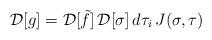
LaTeX: \begin{align*}{\cal D}[g] = {\cal D}[\tilde f] \, {\cal D}[\sigma] \, d\tau_i \, J(\sigma,\tau)\end{align*}